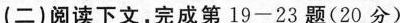
(二)阅读下文，完成第19-23题(20分)